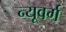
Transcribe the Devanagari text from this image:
न्यूवर्ग